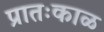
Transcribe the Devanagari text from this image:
प्रातःकाळ